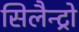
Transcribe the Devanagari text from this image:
सिलैन्ट्रो